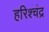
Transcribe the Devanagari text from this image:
हरिश्‍चंद्र